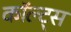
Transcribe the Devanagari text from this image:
कॉल्ट्स